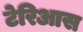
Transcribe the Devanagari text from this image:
टेरिआस